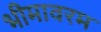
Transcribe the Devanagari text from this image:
भीमावरम